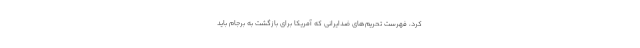
کرد، فهرست تحریم‌های ضدایرانی که آمریکا برای بازگشت به برجام باید